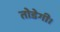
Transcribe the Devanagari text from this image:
तोडेगी।